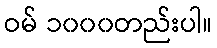
ဝမ် ၁၀၀၀တည်းပါ။